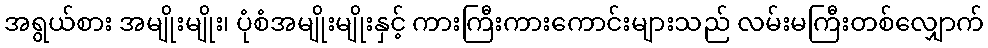
အရွယ်စား အမျိုးမျိုး၊ ပုံစံအမျိုးမျိုးနှင့် ကားကြီးကားကောင်းများသည် လမ်းမကြီးတစ်လျှောက်